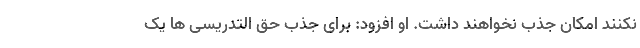
نکنند امکان جذب نخواهند داشت. او افزود: برای جذب حق التدریسی ها یک